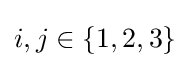
i,j\in \{1,2,3\}